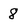
Character: 8